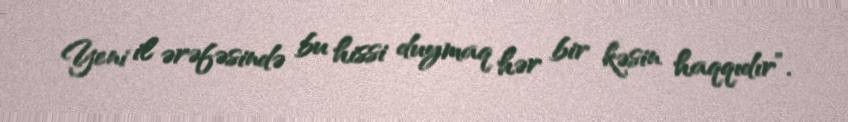
Yeni il ərəfəsində bu hissi duymaq hər bir kəsin haqqıdır”.